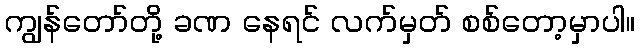
ကျွန်တော်တို့ ခဏ နေရင် လက်မှတ် စစ်တော့မှာပါ။